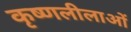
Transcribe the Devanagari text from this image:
कृष्णलीलाओं